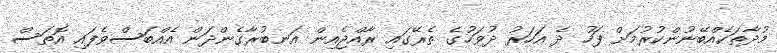
މުދާތަކެއްބޭނުންކުރުމަށް ފަހު ދެ އަހަރު ދުވަހުގެ ތެރޭގައި ރާއްޖެއިން އަނބުރާގެންދަން އެއްބަސްވެފައި އޮތަސް